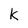
Character: k